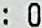
: 0